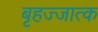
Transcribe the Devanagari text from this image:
बृहज्जात्क